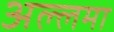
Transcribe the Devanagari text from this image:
अल्‍लमा